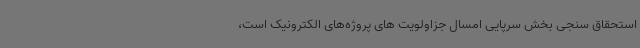
استحقاق سنجی بخش سرپایی امسال جزاولویت های پروژه‌های الکترونیک است،